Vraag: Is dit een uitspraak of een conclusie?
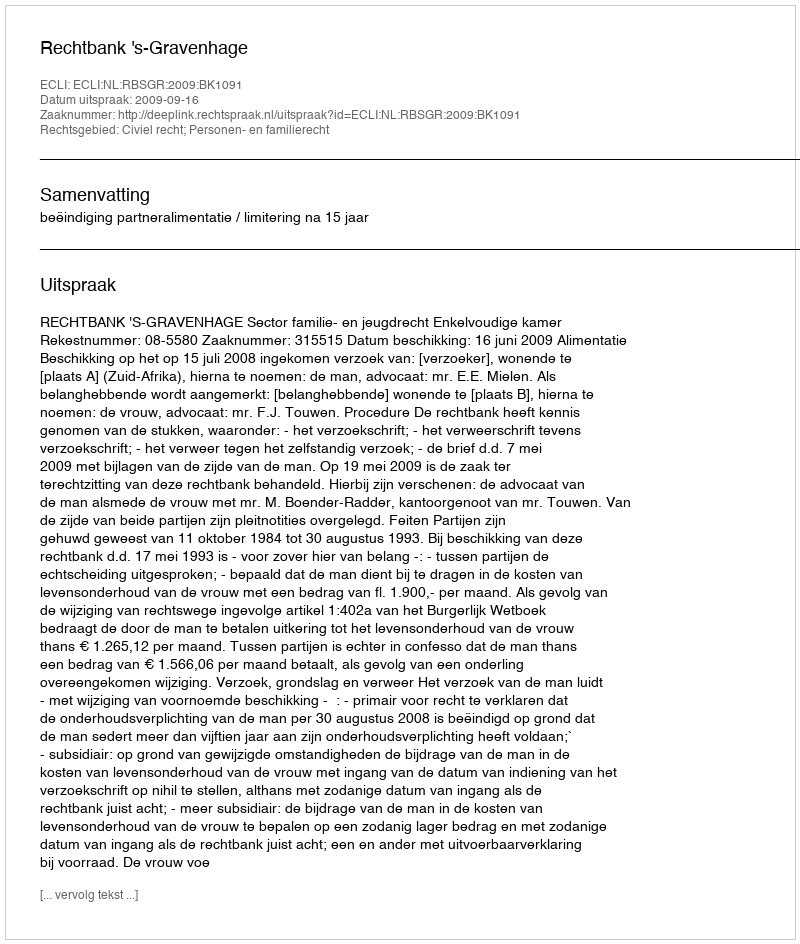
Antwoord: Uitspraak